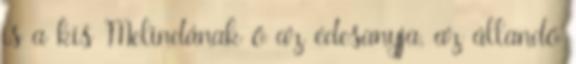
is a kis Melindának ő az édesanyja, az állandó